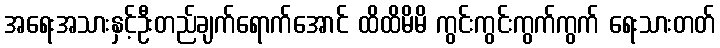
အရေးအသားနှင့်ဦးတည်ချက်ရောက်အောင် ထိထိမိမိ ကွင်းကွင်းကွက်ကွက် ရေးသားတတ်